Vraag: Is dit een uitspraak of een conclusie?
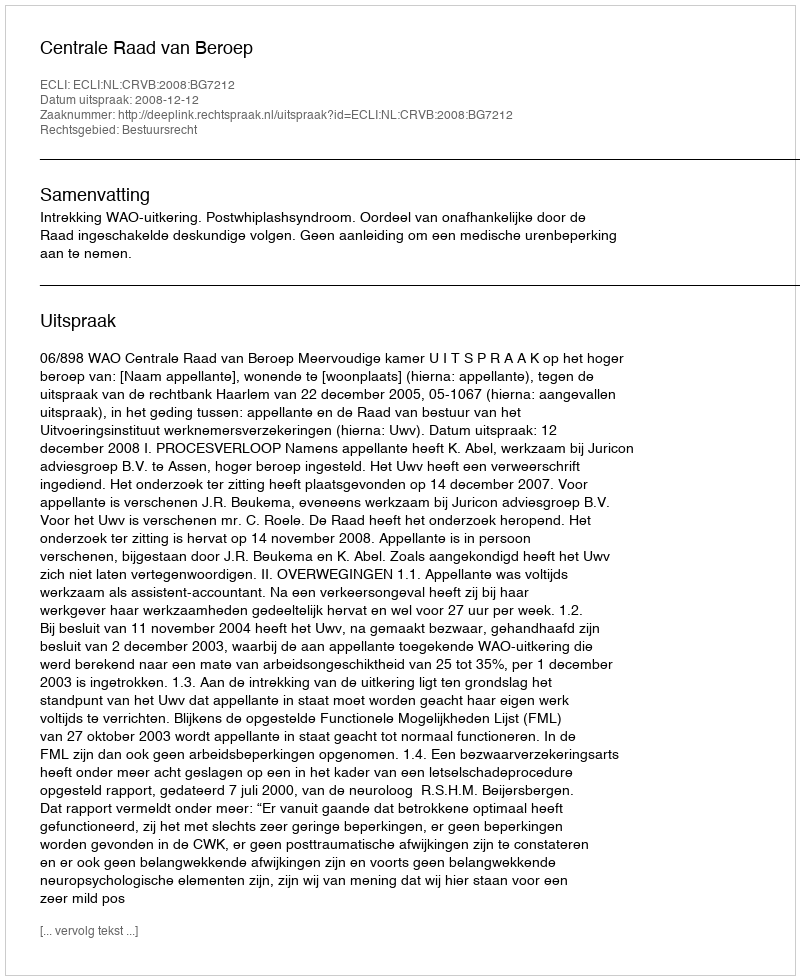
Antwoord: Uitspraak